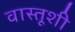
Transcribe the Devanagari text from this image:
वास्तूशी